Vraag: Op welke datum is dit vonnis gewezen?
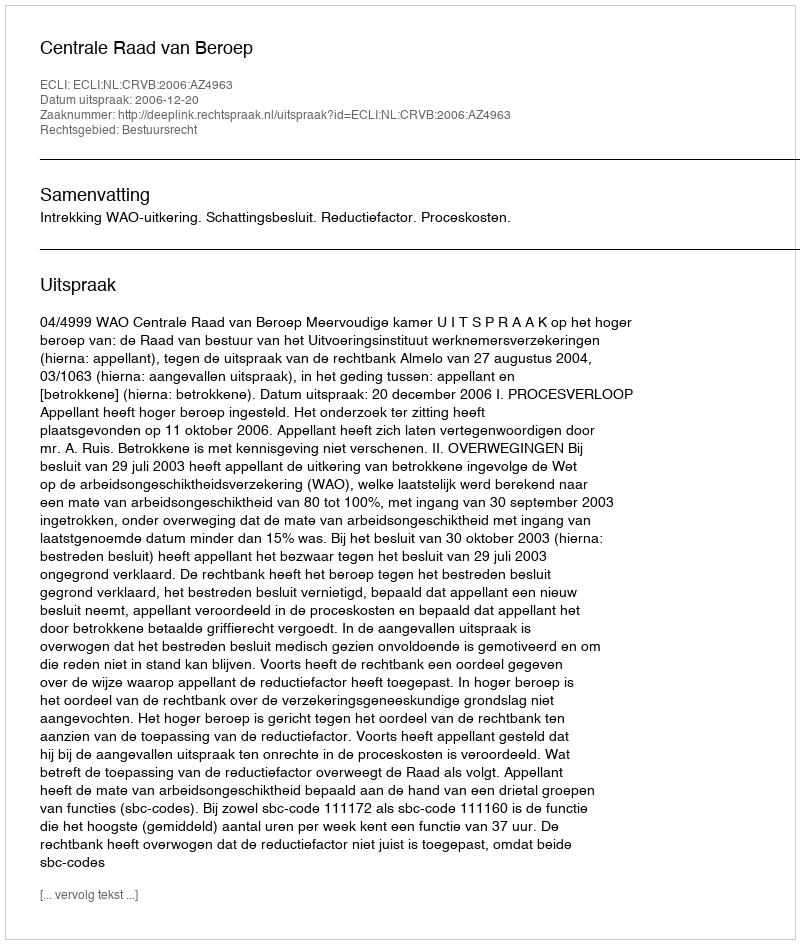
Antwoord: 2006-12-20